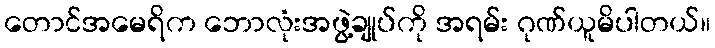
တောင်အမေရိက ဘောလုံးအဖွဲ့ချုပ်ကို အရမ်း ဂုဏ်ယူမိပါတယ်။